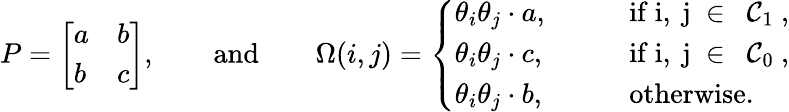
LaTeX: P=\left[\begin{array}{ll}{a}&{b}\\ {b}&{c}\end{array}\right],\qquad\mathrm{and}\qquad\Omega(i,j)=\left\{ \begin{array}{ll}{\theta_{i}\theta_{j}\cdot a,}&{\qquad\mathrm{if~i,~j~\in~{\cal~C}_1~},}\\ {\theta_{i}\theta_{j}\cdot c,}&{\qquad\mathrm{if~i,~j~\in~{\cal~C}_0~},}\\ {\theta_{i}\theta_{j}\cdot b,}&{\qquad\mathrm{otherwise}.}\end{array}\right.